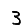
Digit: 3